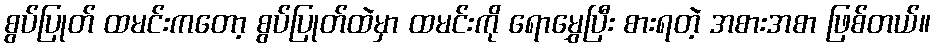
စွပ်ပြုတ် ထမင်းကတော့ စွပ်ပြုတ်ထဲမှာ ထမင်းကို ရောမွှေပြီး စားရတဲ့ အစားအစာ ဖြစ်တယ်။